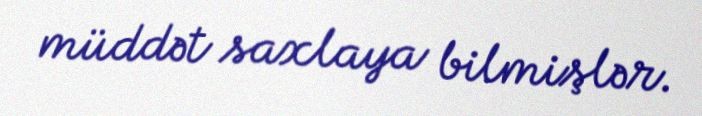
müddət saxlaya bilmişlər.